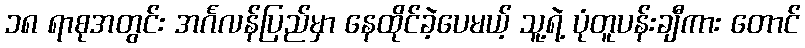
၁၈ ရာစုအတွင်း အင်္ဂလန်ပြည်မှာ နေထိုင်ခဲ့ပေမယ့် သူ့ရဲ့ ပုံတူပန်းချီကား တောင်